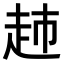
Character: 𧺡